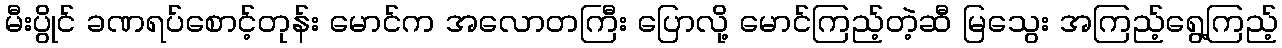
မီးပွိုင် ခဏရပ်စောင့်တုန်း မောင်က အလောတကြီး ပြောလို့ မောင်ကြည့်တဲ့ဆီ မြသွေး အကြည့်ရွေ့ကြည့်